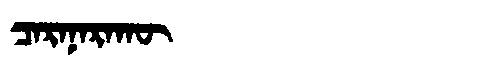
Manchu: ᠴᠠᡵᠠᠨᠠᡵᠠᡴᡡ
Romanization: CARANARAKŪ